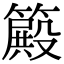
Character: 𥴫